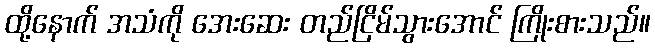
ထို့နောက် အသံကို အေးဆေး တည်ငြိမ်သွားအောင် ကြိုးစားသည်။